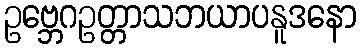
ဥဗ္ဘေဂဥတ္တာသဘယာပနူဒနော